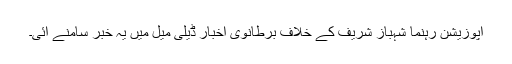
اپوزیشن رہنما شہباز شریف کے خلاف برطانوی اخبار ڈیلی میل میں یہ خبر سامنے آئی۔